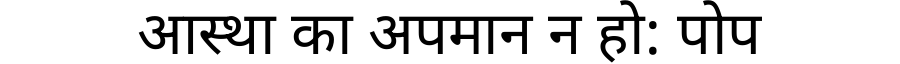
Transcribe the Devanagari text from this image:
आस्था का अपमान न हो: पोप